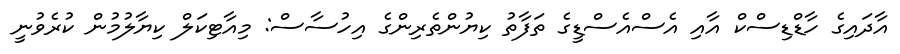
އާދައިގެ ހާޑްޑިސްކް އާއި އެސްއެސްޑީގެ ތަފާތު ކިޔުންތެރިންގެ އިހުސާސް: މިއާޓިކަލް ކިޔާލުމުން ކުރެވުނީ